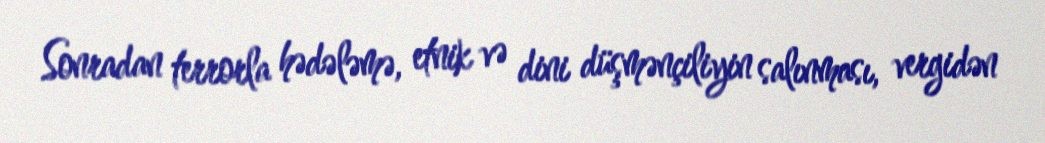
Sonradan terrorla hədələmə, etnik və dini düşmənçiliyin salınması, vergidən